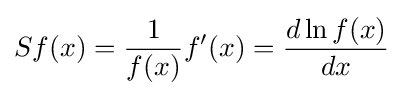
Sf(x)={\frac {1}{f(x)}}f'(x)={\frac {d\ln f(x)}{dx}}